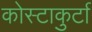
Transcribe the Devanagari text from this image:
कोस्टाकुर्टा